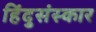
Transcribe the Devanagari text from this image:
हिंदुसंस्कार